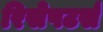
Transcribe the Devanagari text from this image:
रिसेपटर्स